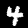
Label: 4